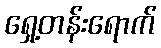
ရှေ့တန်းရောက်